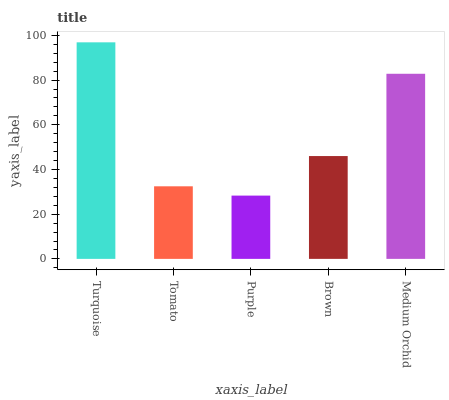
| xaxis_label | bars |
 | --- | --- |
 | Turquoise | 96.9 |
 | Tomato | 32.5 |
 | Purple | 28.3 |
 | Brown | 46 |
 | Medium Orchid | 82.8 |